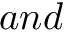
a n d